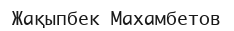
Жақыпбек Махамбетов